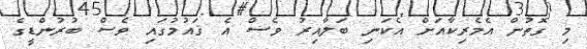
މި ގޮތުން އެމެރިކާއަށް އެކަނި ބަލާއިރު ވެސް އެ ޤައުމުގައި ވެސް ބުރުންޑީގެ